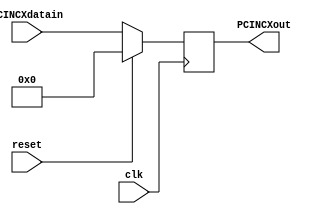
module pcIncX (
    input wire clk,           // Seal de reloj
    input wire reset,         // Seal de reinicio
    input wire [31:0] PCINCXdatain, // Entrada de datos
    output reg [31:0] PCINCXout
);

always @(negedge clk) begin
    if (reset == 1) begin
        PCINCXout <= 32'b00000000000000000000000000000000;
    end
    else begin
        PCINCXout <= PCINCXdatain;
    end
end

endmodule